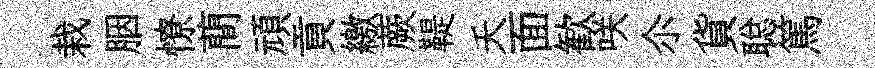
栽胭憭蕳頑貢繳蕨鞮夭面歓咲尒貨聪篤